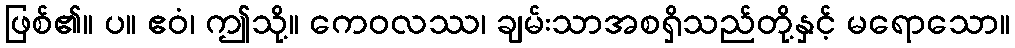
ဖြစ်၏။ ပ။ ဧဝံ၊ ဤသို့။ ကေဝလဿ၊ ချမ်းသာအစရှိသည်တို့နှင့် မရောသော။